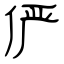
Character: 俨